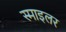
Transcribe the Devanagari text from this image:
स्माइलर